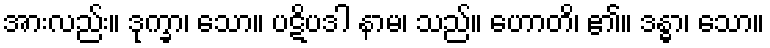
အားလည်း။ ဒုက္ခာ၊ သော။ ပဋိပဒါ နာမ၊ သည်။ ဟောတိ၊ ၏။ ဒန္ဓာ၊ သော။